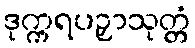
ဒုက္ကရပဉှာသုတ္တံ